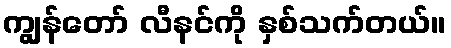
ကျွန်တော် လီနင်ကို နှစ်သက်တယ်။